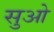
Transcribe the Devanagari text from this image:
सुओ